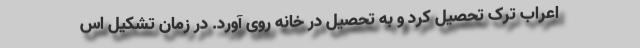
اعراب ترک تحصیل کرد و به تحصیل در خانه روی آورد. در زمان تشکیل اس